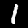
Digit: 1